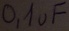
Text: 0,1uF